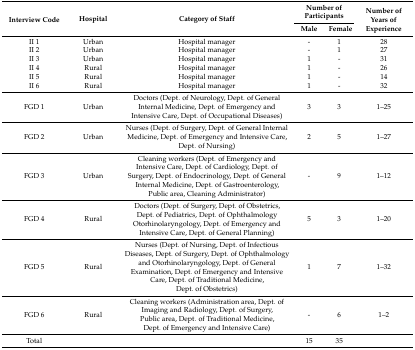
| <ROWSPAN=2> Interview Code | <ROWSPAN=2> Hospital | <ROWSPAN=2> Category of Staff | <COLSPAN=2> Number of Participants | <ROWSPAN=2> Number of Years of Experience |
 | Male | Female |
 | --- | --- | --- | --- | --- | --- |
 | II 1 | Urban | Hospital manager | - | 1 | 28 |
 | II 2 | Urban | Hospital manager | - | 1 | 27 |
 | II 3 | Urban | Hospital manager | 1 | - | 31 |
 | II 4 | Rural | Hospital manager | 1 | - | 26 |
 | II 5 | Rural | Hospital manager | 1 | - | 14 |
 | II 6 | Rural | Hospital manager | 1 | - | 32 |
 | FGD 1 | Urban | Doctors (Dept. of Neurology, Dept. of General Internal Medicine, Dept. of Emergency and Intensive Care, Dept. of Occupational Diseases) | 3 | 3 | 1–25 |
 | FGD 2 | Urban | Nurses (Dept. of Surgery, Dept. of General Internal Medicine, Dept. of Emergency and Intensive Care, Dept. of Nursing) | 2 | 5 | 1–27 |
 | FGD 3 | Urban | Cleaning workers (Dept. of Emergency and Intensive Care, Dept. of Cardiology, Dept. of Surgery, Dept. of Endocrinology, Dept. of General Internal Medicine, Dept. of Gastroenterology, Public area, Cleaning Administrator) | - | 9 | 1–12 |
 | FGD 4 | Rural | Doctors (Dept. of Surgery, Dept. of Obstetrics, Dept. of Pediatrics, Dept. of Ophthalmology Otorhinolaryngology, Dept. of Emergency and Intensive Care, Dept. of General Planning) | 5 | 3 | 1–20 |
 | FGD 5 | Rural | Nurses (Dept. of Nursing, Dept. of Infectious Diseases, Dept. of Surgery, Dept. of Ophthalmology and Otorhinolaryngology, Dept. of General Examination, Dept. of Emergency and Intensive Care, Dept. of Traditional Medicine, Dept. of Obstetrics) | 1 | 7 | 1–32 |
 | FGD 6 | Rural | Cleaning workers (Administration area, Dept. of Imaging and Radiology, Dept. of Surgery, Public area, Dept. of Traditional Medicine, Dept. of Emergency and Intensive Care) | - | 6 | 1–2 |
 | Total |  |  | 15 | 35 |  |